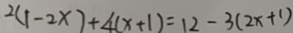
2 ( 1 - 2 x ) + 4 ( x + 1 ) = 1 2 - 3 ( 2 x + 1 )